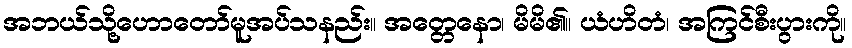
အဘယ်သို့ဟောတော်မူအပ်သနည်း။ အတ္တေနော၊ မိမိ၏။ ယံဟိတံ၊ အကြင်စီးပွားကို။